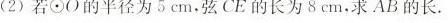
(2)若⊙O的半径为5cm，弦CE的长为8cm。求AB的长。